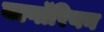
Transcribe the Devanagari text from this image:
बल्गॉरियन